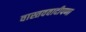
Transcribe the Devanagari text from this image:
वास्तववादीपणा